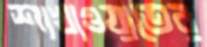
শাখাওয়াতের